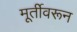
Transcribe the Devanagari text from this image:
मूर्तीवरून